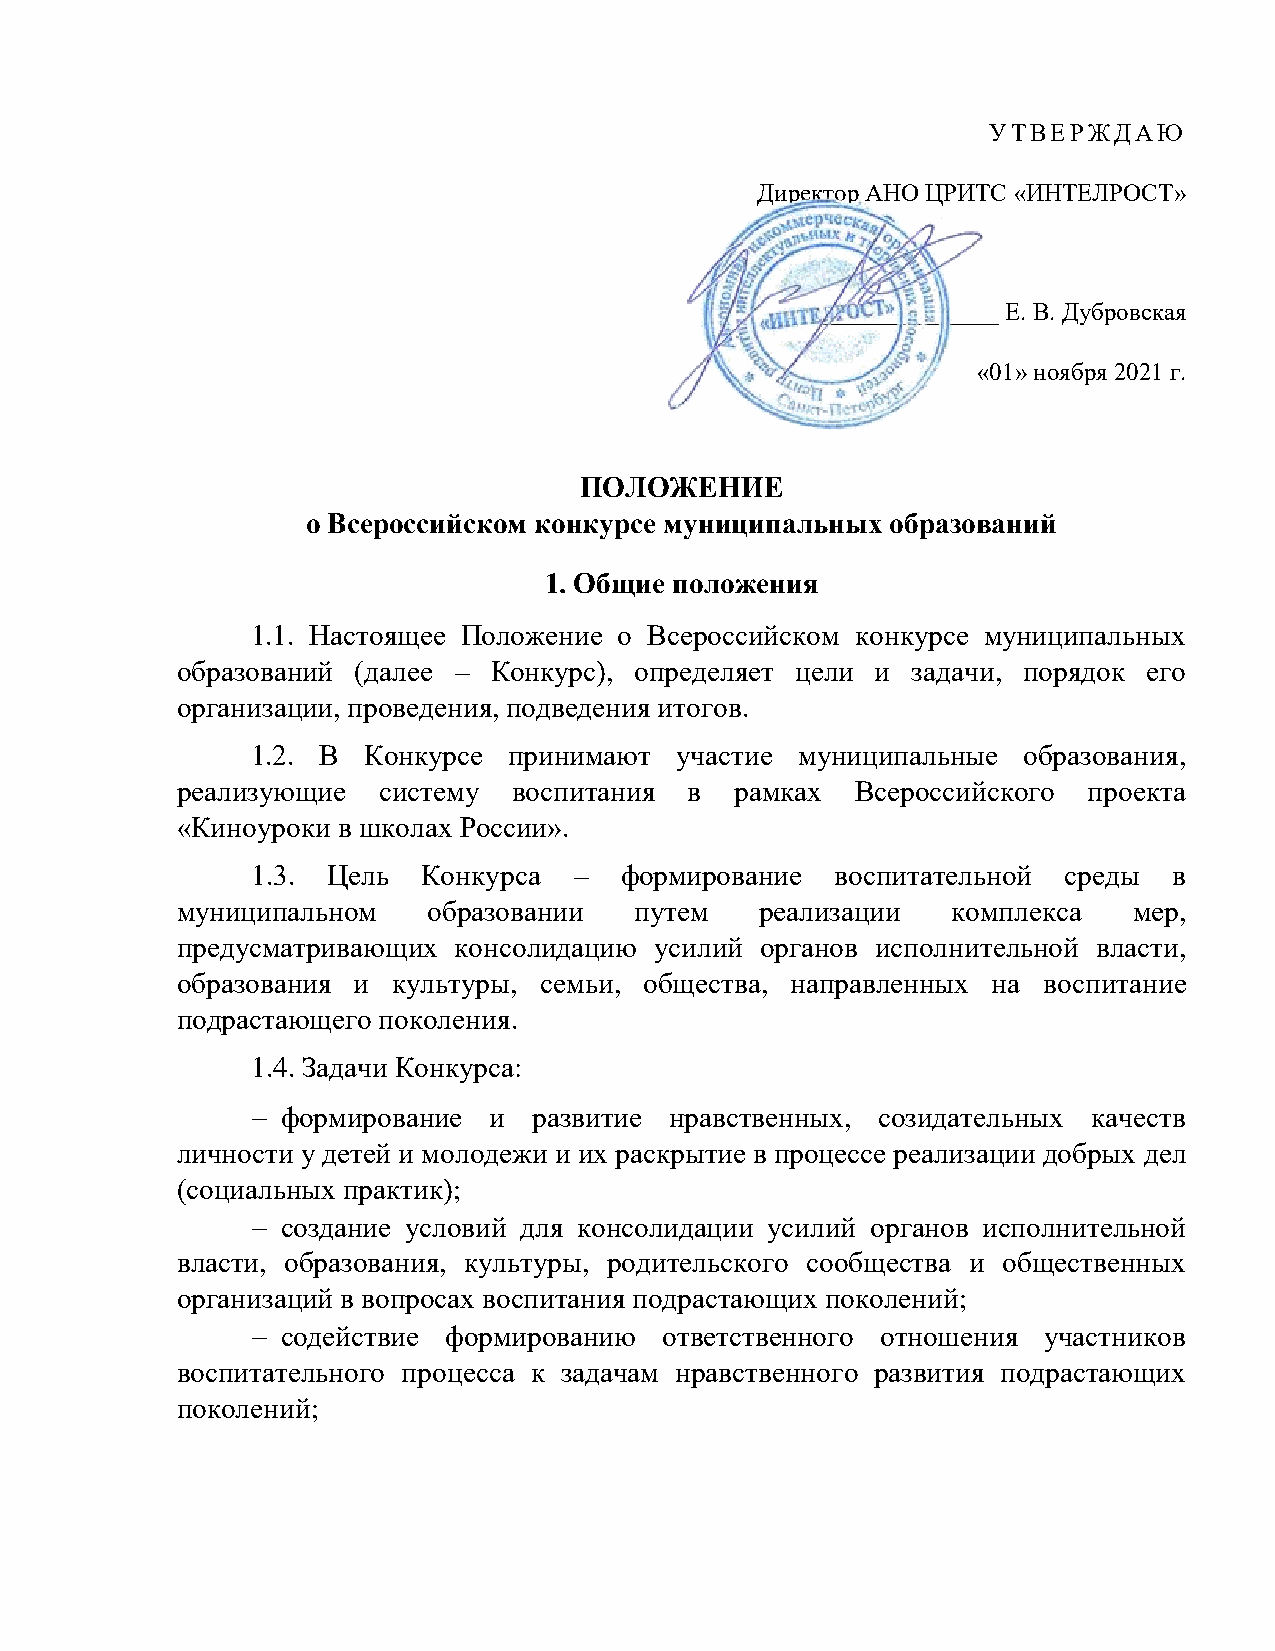
УТВЕРЖДАЮ
 Директор АНО ЦРИТС «ИНТЕЛРОСТ»
 ___________________ Е. В. Дубровская
 «01» ноября 2021 г.
 ПОЛОЖЕНИЕ
 о Всероссийском конкурсе муниципальных образований
 1. Общие положения
 1.1. Настоящее Положение о Всероссийском конкурсе муниципальных
 образований (далее – Конкурс), определяет цели и задачи, порядок его
 организации, проведения, подведения итогов.
 1.2. В Конкурсе  принимают  участие муниципальные  образования,
 реализующие  систему  воспитания  в  рамках  Всероссийского проекта
 «Киноуроки в школах России».
 1.3. Цель  Конкурса  –  формирование  воспитательной  среды  в
 муниципальном   образовании   путем   реализации   комплекса   мер,
 предусматривающих консолидацию усилий органов исполнительной власти,
 образования и культуры, семьи, общества, направленных на воспитание
 подрастающего поколения.
 1.4. Задачи Конкурса:
  формирование и  развитие нравственных, созидательных качеств
 личности у детей и молодежи и их раскрытие в процессе реализации добрых дел
 (социальных практик);
  создание условий для консолидации усилий органов исполнительной
 власти, образования, культуры, родительского сообщества и общественных
 организаций в вопросах воспитания подрастающих поколений;
  содействие формированию  ответственного отношения участников
 воспитательного процесса к задачам нравственного развития подрастающих
 поколений;